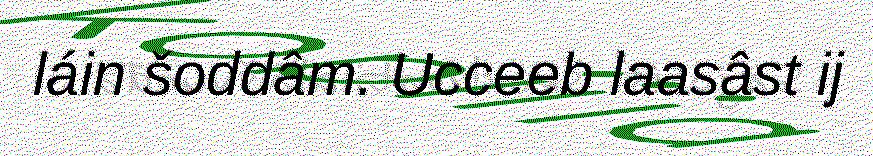
láin šoddâm. Ucceeb laasâst ij